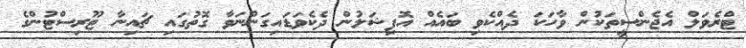
ޓްރެވަލް އެޖެންސީތަކުން ވާހަކަ ދެއްކެވި ބައެއް އޮފިޝަލުން ދެކެވަޑައިގަންނަވާ ގޮތުގައި ޗައިނާ ޓޫރިސްޓުންގެ